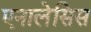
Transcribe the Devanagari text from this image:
एनालेसिस